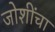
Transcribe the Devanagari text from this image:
जोशींचा